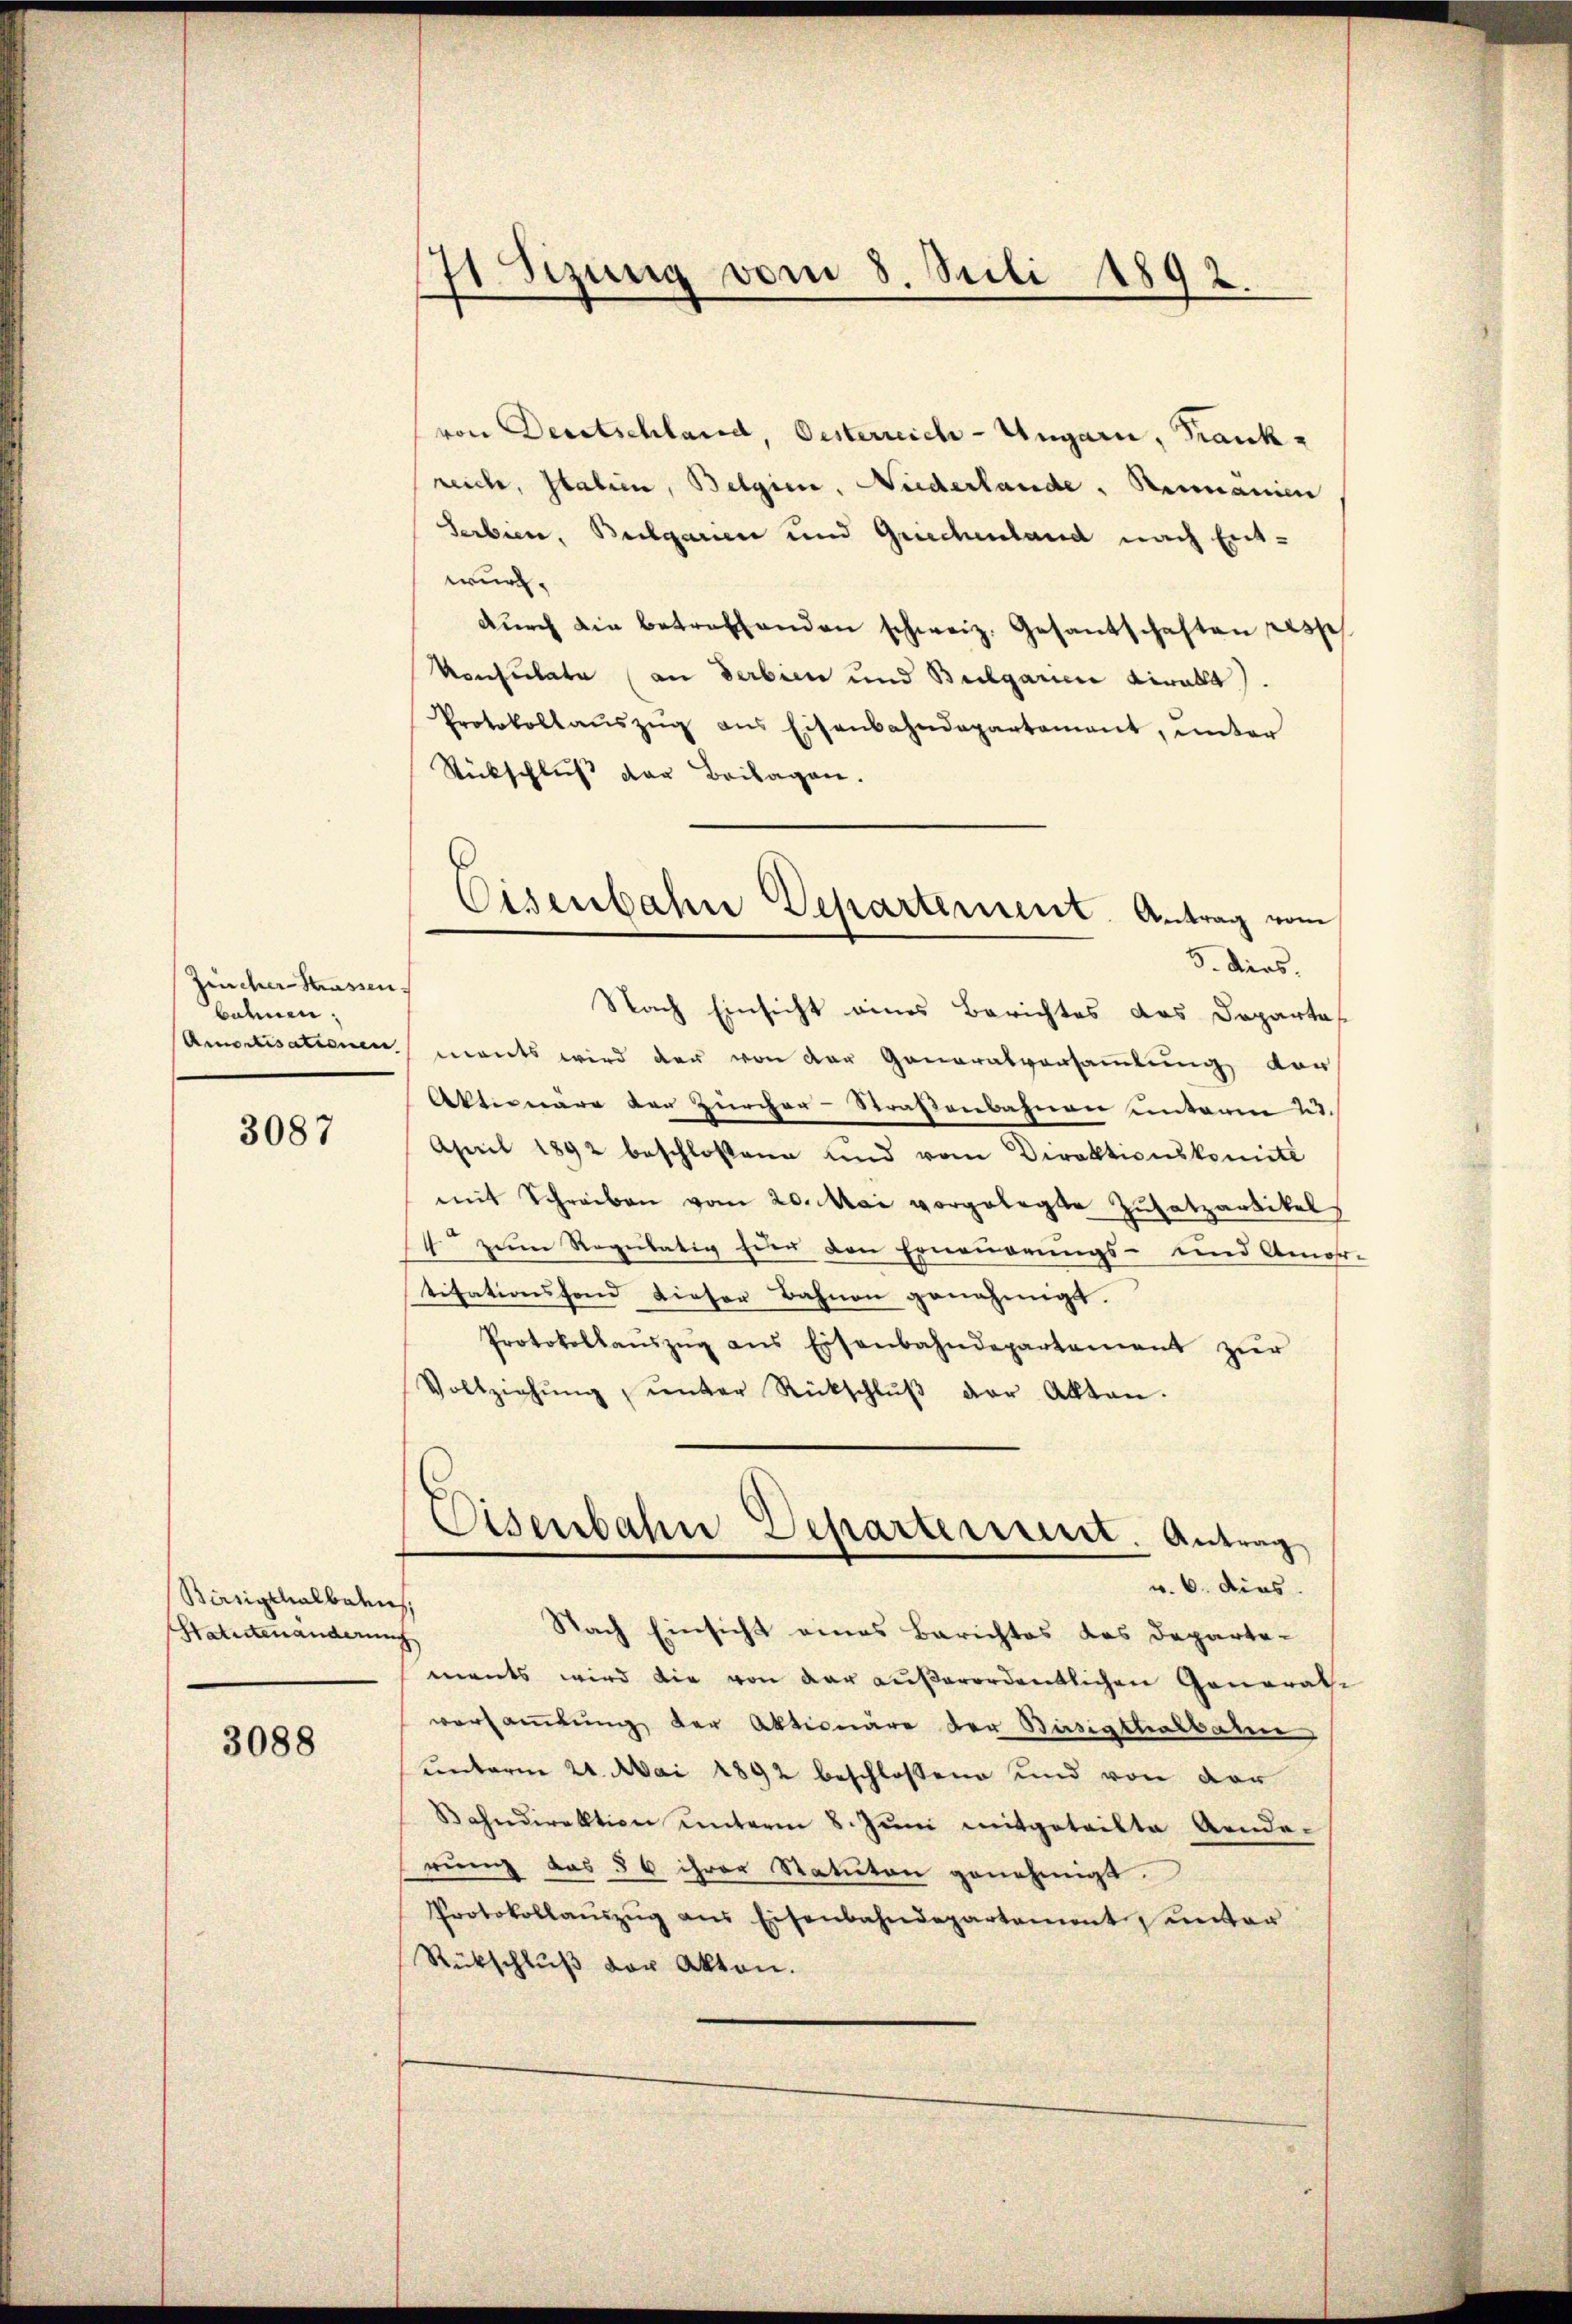
Züncher Strassen.
bahnen:

3087

Birriginalbahns
htatutenänderung

3088

71 Sizung vom 8. Juli 1892.

von Deutschland, Oesterreich-Ungarn, Frank-
reich, Italien, Belgien, Niederlande, Rumänien
Serbien, Bulgarin und Griechenland nach Entwurf.
dŭrch die betreffenden schweiz. Gesantschaften respe
Konsulate (an derbien und Bulgarin viralt).
Protokollaŭszŭg ans Eisenbahndepartement, ŭnter
Stückschluß der Beilagen.
Nach Einsicht eines Berichtes des Departes
Amortisationen monts wird der von der Generalversaṁlŭng vor
Aktionäre der Zürcher-Straßenbahnen unterm 23.
April 1892 beschlossene und vom Direktionskomité
mit Schreiben vom 20. Mai vorgelegte Zusatzartikel
14 zum Regulativ für den Erneuerungs- und Amor-
titationsfond dieser Bahnen genehmigt.
Protokollaŭszŭg ans Eisenbahndepartement zŭr
Vollziehŭng ŭnter Rückschlŭβ der Akten.
Eisenbahn Departerint. Antrag
v. 6. dies
Nach Einsicht eines Berichtes das Departements wird die von der außerordentlichen General-
versammlung der Aktionäre der Büssigthalbahne
unterm 21. Mai 1892 beschlossene und von der
Bahndirektion unterm 8. Jŭni mitgeteilte Aende-
rung des § 6 ihrer Statuten genehmigt.
Protokollaŭszŭg aŭs Eisenbahndepartement, unter
Rückschluß der Akten.

Eisenbahn Departement. Antrag vom
3. dies.